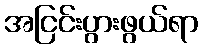
အငြင်းပွားဖွယ်ရာ